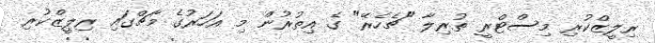
ރިލީޒްކުރި މިސްޓްރީ ތުރިލާ "ޗެހެރޭ" ގެ އިތުރުން މި އަހަރުގެ މާޗްގައި ރިލީޒްކުރި